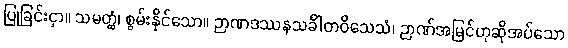
ပြုခြင်းငှာ။ သမတ္ထံ၊ စွမ်းနိုင်သော။ ဉာဏဒဿနသင်္ခါတဝိသေသံ၊ ဉာဏ်အမြင်ဟုဆိုအပ်သော